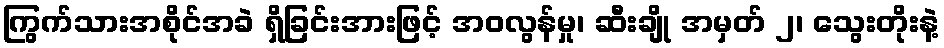
ကြွက်သားအစိုင်အခဲ ရှိခြင်းအားဖြင့် အဝလွန်မှု၊ ဆီးချို အမှတ် ၂၊ သွေးတိုးနဲ့